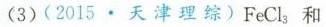
(3)(2015.天津理综)FeCl_{3} 和